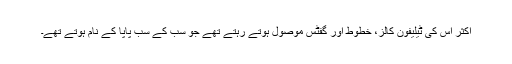
اکثر اس کی ٹیلیفون کالز، خطوط اور گفٹس موصول ہوتے رہتے تھے جو سب کے سب پاپا کے نام ہوتے تھے۔